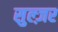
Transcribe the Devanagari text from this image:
सुल्ज़र